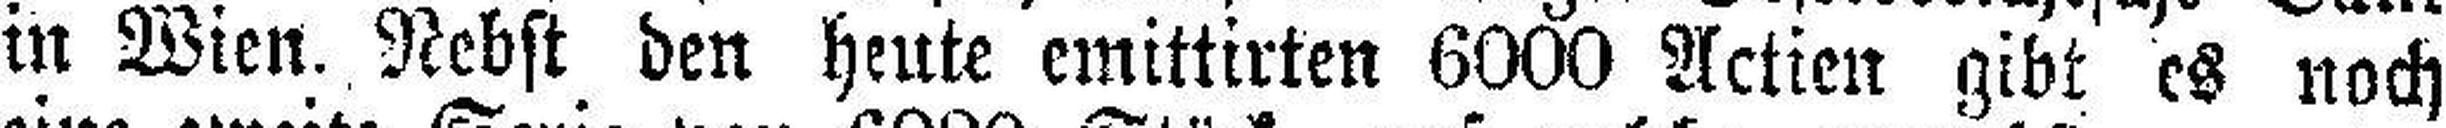
in Wien. Nebst den heute emittirten 6000 Actien gibt es noch